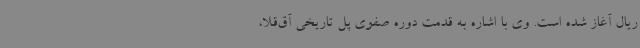
ریال آغاز شده است. وی با اشاره به قدمت دوره صفوی پل تاریخی آق‌قلا،